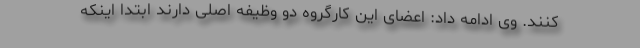
کنند. وی ادامه داد: اعضای این کارگروه دو وظیفه اصلی دارند ابتدا اینکه